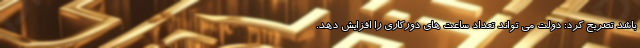
باشد تصریح کرد: دولت می تواند تعداد ساعت های دورکاری را افزایش دهد.